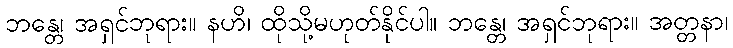
ဘန္တေ၊ အရှင်ဘုရား။ နဟိ၊ ထိုသို့မဟုတ်နိုင်ပါ။ ဘန္တေ၊ အရှင်ဘုရား။ အတ္တနာ၊